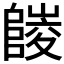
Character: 𨻪